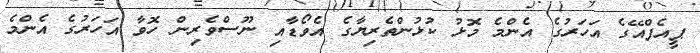
ޕީއެފްއޭގެ އަހަރުގެ އެންމެ މޮޅު ކުޅުންތެރިޔާގެ އެވޯޑާއި ނޫސްވެރިން ހޮވާ އަހަރުގެ އެންމެ